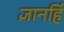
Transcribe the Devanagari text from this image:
ज्ञानहिं